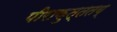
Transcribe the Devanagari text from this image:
पीराकुत्ततय्